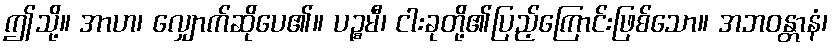
ဤသို့။ အာဟ၊ လျှောက်ဆိုပေ၏။ ပဉ္စမီ၊ ငါးခုတို့၏ပြည့်ကြောင်းဖြစ်သော။ အဘဝန္တာနံ၊